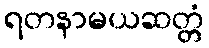
ရတနာမယဆတ္တံ